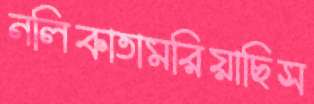
নলিকাতামরিয়াছিস